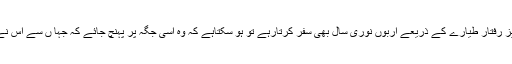
اگر کوئی فرد کسی تیز رفتار طیارے کے ذریعے اربوں نوری سال بھی سفر کرتارہے تو ہو سکتاہے کہ وہ اسی جگہ پر پہنچ جائے کہ جہا ں سے اس نے سفر کا آغاز کیاتھا۔